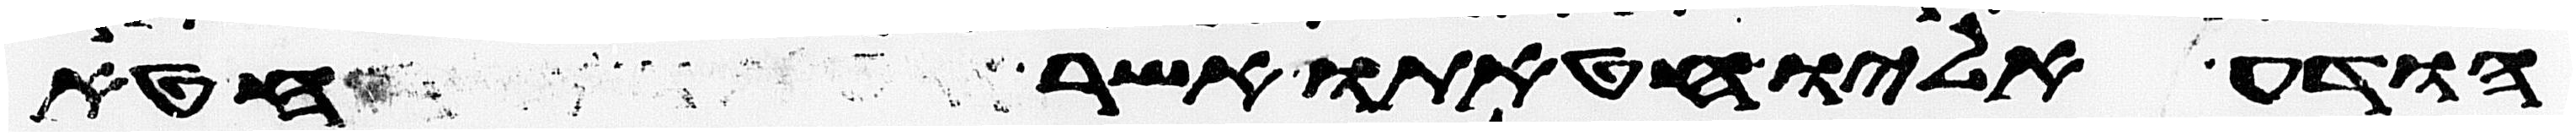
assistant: הודע אליו חטאתו אשר חטא